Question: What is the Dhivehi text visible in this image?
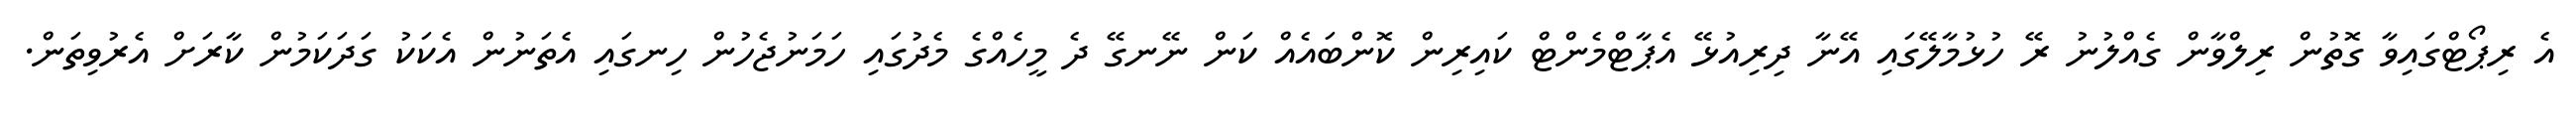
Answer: އެ ރިޕޯޓްގައިވާ ގޮތުން ރިލްވާން ގެއްލުނު ރޭ ހުޅުމާލޭގައި އޭނާ ދިރިއުޅޭ އެޕާޓްމެންޓް ކައިރިން ކޮންބައެއް ކަން ނޭނގޭ ދެ މީހެއްގެ މެދުގައި ހަމަނުޖެހުން ހިނގައި އެތަނުން އެކަކު ގަދަކަމުން ކާރަށް އެރުވިތަން.